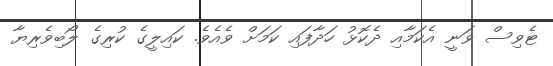
ޓެވިސް ވަނީ އެކަމާއި ދެކޮޅު ހަދާފައި ކަމަށް ވެއެވެ. ކައިލީގެ ކުރިގެ ލޯބިވެރިޔާ